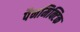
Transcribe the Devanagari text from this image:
पैनमिक्टिक